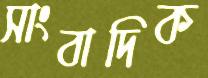
সাংবাদিক